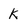
Character: k